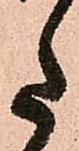
た